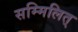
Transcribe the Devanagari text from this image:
सम्मिलित्